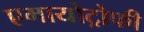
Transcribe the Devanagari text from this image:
एमायोट्रोफी